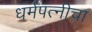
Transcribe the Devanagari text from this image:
धर्मपत्‍नीचा